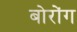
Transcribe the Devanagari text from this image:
बोरोंग